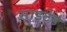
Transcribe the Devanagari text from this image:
साइटेड